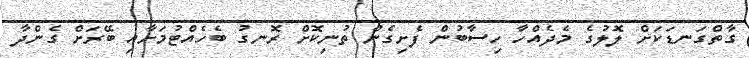
ގާތްގަނޑަކަށް ލޮލުގެ މެދެއްހާ ހިސާބުން ފެށިގެން ތުނިކޮށް ރޮނގު ބެހެއްޓުމަށާއި ބޭރަށް ގެންދާ